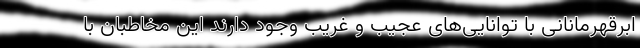
ابرقهرمانانی با توانایی‌های عجیب و غریب وجود دارند این مخاطبان با